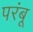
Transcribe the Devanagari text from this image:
परंबू